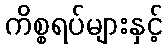
ကိစ္စရပ်များနှင့်